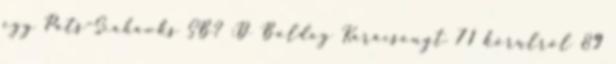
egy Pats–Seahawks SB? :D Boldog Karácsonyt 71 körülről 89